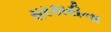
સરકારીના